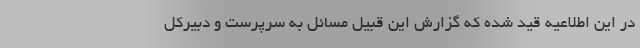
در این اطلاعیه قید شده که گزارش این قبیل مسائل به سرپرست و دبیرکل